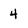
Character: 4